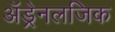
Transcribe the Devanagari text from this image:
अॅड्रेनलजिक